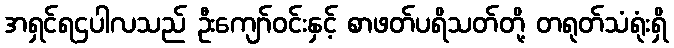
အရှင်ရဌပါလသည် ဦးကျော်ဝင်းနှင့် စာဖတ်ပရိသတ်တို့ တရုတ်သံရုံးရှိ